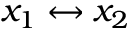
x _ { 1 } \leftrightarrow x _ { 2 }